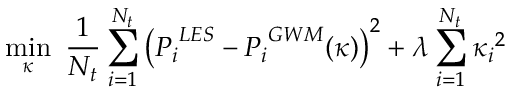
\operatorname* { m i n } _ { { \boldsymbol { \kappa } } } \ \frac { 1 } { N _ { t } } \sum _ { i = 1 } ^ { N _ { t } } \left( { P _ { i } } ^ { L E S } - { P _ { i } } ^ { G W M } ( \boldsymbol { \kappa } ) \right) ^ { 2 } + \lambda \sum _ { i = 1 } ^ { N _ { t } } { \boldsymbol { \kappa } _ { i } } ^ { 2 }